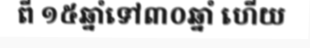
ពី ១៥ឆ្នាំទៅ៣០ឆ្នាំ ហើយ